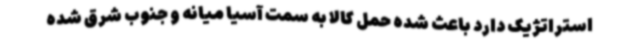
استراتژیک دارد باعث شده حمل کالا به سمت آسیا میانه و جنوب شرق شده